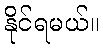
နိုင်ရမယ်။